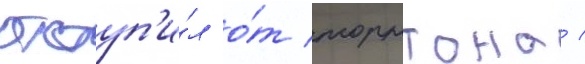
отступ'и́л о́т торнтона /